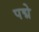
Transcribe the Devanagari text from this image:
पद्मे